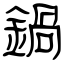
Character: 鍋